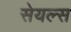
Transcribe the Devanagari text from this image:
सेयल्स